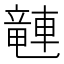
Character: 𫏽